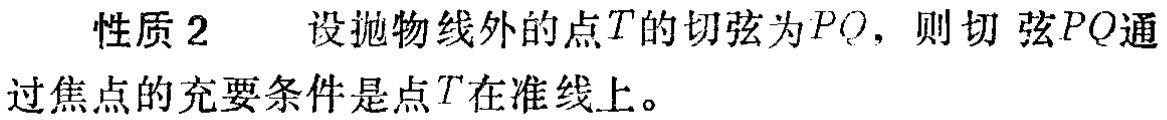
性质 2  设抛物线外的点\(T\)的切弦为\(PQ\)，则切弦\(PQ\)通过焦点的充要条件是点\(T\)在准线上。